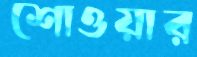
শোওয়ার